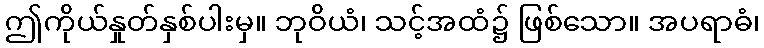
ဤကိုယ်နှုတ်နှစ်ပါးမှ။ ဘုဝိယံ၊ သင့်အထံ၌ ဖြစ်သော။ အပရာဓံ၊